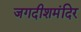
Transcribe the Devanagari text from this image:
जगदीशमंदिर